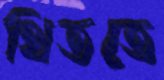
থিততে